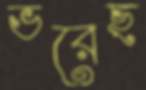
ভরেছ